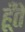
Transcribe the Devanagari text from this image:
हूँतें